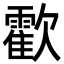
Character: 㱋